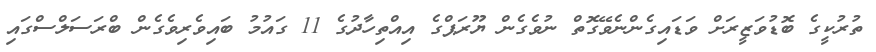
ތުރުކީގެ ބޮޑުވަޒީރަށް ވަޑައިގެންނެވޭގޮތް ނުވެގެން ޔޫރަޕްގެ އިއްތިހާދުގެ 11 ގައުމު ބައިވެރިވެގެން ބްރަސަލްސްގައި